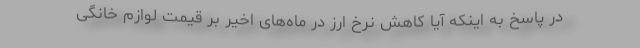
در پاسخ به اینکه آیا کاهش نرخ ارز در ماه‌های اخیر بر قیمت لوازم خانگی